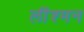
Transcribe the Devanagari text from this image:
लींश्मन